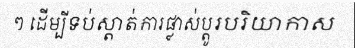
ៗ ដើម្បីទប់ស្តាត់ការផ្លាស់ប្តូរបរិយាកាស